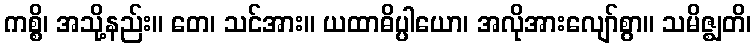
ကစ္စိ၊ အသို့နည်း။ တေ၊ သင်အား။ ယထာဓိပ္ပါယော၊ အလိုအားလျော်စွာ။ သမိဇ္ဈတိ၊